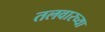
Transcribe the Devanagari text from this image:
तलवारच्या